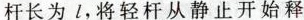
杆长为l，将轻杆从静止开始释